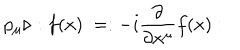
LaTeX: p _ { \mu } \triangleright : f ( x ) : = : - i \frac { \partial } { \partial x ^ { \mu } } f ( x ) :